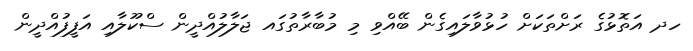
ހދ އަތޮޅުގެ ރަށްތަކަށް ހުޅުވާލައިގެން ބޭއްވި މި މުބާރާތުގައ ޖަލާލުއްދީން ސްކޫލާއި އަފީފުއްދީން